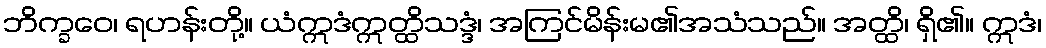
ဘိက္ခဝေ၊ ရဟန်းတို့။ ယံဣဒံဣတ္ထိသဒ္ဒံ၊ အကြင်မိန်းမ၏အသံသည်။ အတ္ထိ၊ ရှိ၏။ ဣဒံ၊